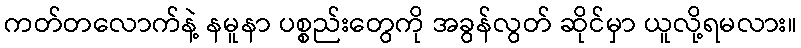
ကတ်တလောက်နဲ့ နမူနာ ပစ္စည်းတွေကို အခွန်လွတ် ဆိုင်မှာ ယူလို့ရမလား။